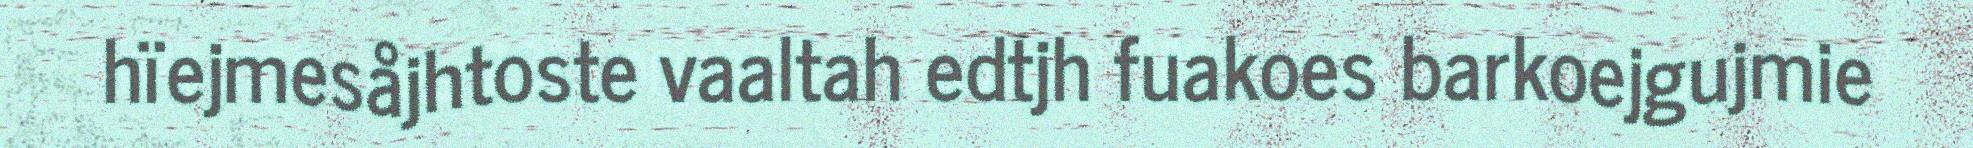
hïejmesåjhtoste vaaltah edtjh fuakoes barkoejgujmie